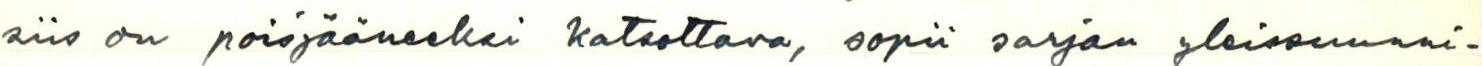
siis on poisjääneeksi katsottava, sopii sarjan yleissuunni-